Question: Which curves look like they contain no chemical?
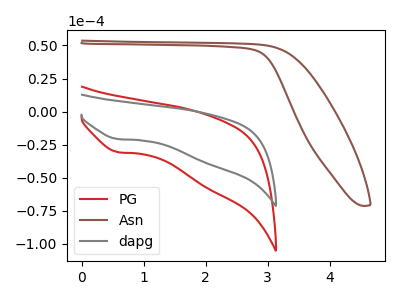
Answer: <think>The red curve "PG" has a cathodic peak at: (0.60V, -30.75uA). The brown curve "Asn" has no peaks. The gray curve "dapg" has a cathodic peak at: (0.60V, -20.85uA).</think>
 <answer>"Asn" is likely to be a blank.</answer>
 <eval>Asn</eval>